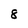
Character: 8